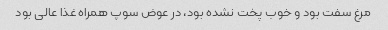
مرغ سفت بود و خوب پخت نشده بود، در عوض سوپ همراه غذا عالی بود